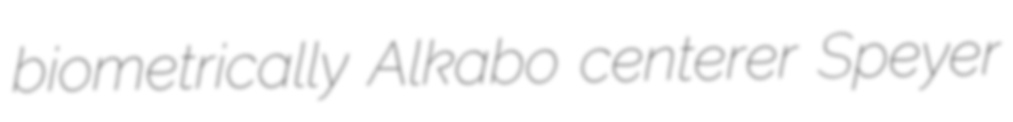
biometrically Alkabo centerer Speyer